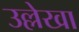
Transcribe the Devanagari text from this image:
उल्लेखा